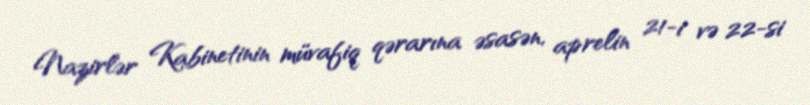
Nazirlər Kabinetinin müvafiq qərarına əsasən, aprelin 21-i və 22-si